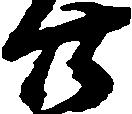
廿